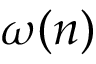
\omega _ { } ( \boldsymbol n )